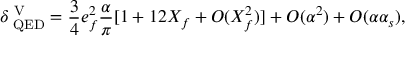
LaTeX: \delta _ { \mathrm { \tiny ~ Q E D } } ^ { \mathrm { \tiny ~ V } } = \frac { 3 } { 4 } e _ { f } ^ { 2 } \frac { \alpha } { \pi } [ 1 + 1 2 X _ { f } + O ( X _ { f } ^ { 2 } ) ] + O ( \alpha ^ { 2 } ) + O ( \alpha \alpha _ { s } ) ,